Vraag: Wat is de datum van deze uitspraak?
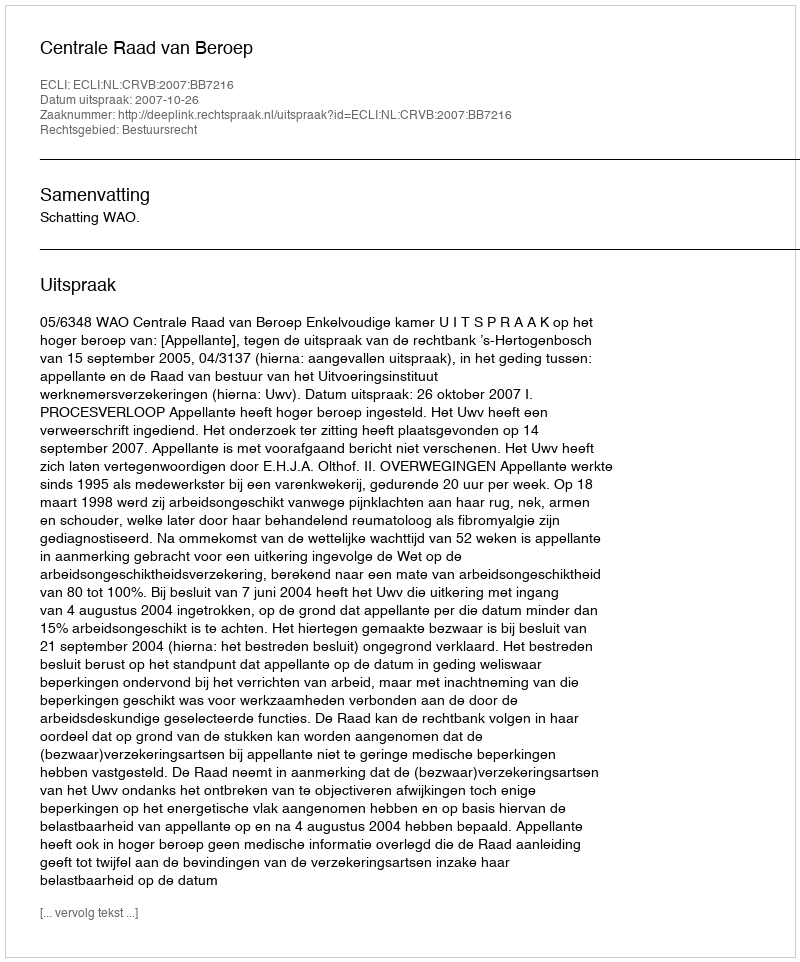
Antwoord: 2007-10-26